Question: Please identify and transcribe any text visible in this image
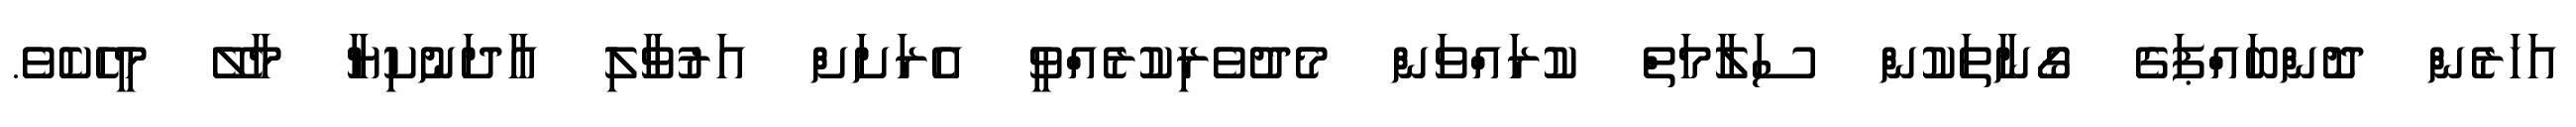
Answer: އަހަރެން ދޮންބައްޕަގެ ގޯނާތަކުން ސަލާމަތް ކުރައްވަން މެދުވެރިކުރެއްވީ އެރަށަށް އަރުވާލި އާދަނުކިޔާ މާލޭ މީހެކެވެ.